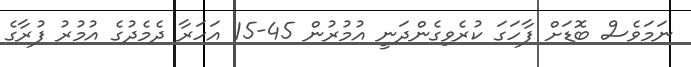
ނަމަވެސް ބޮޑަށް ފާހަގަ ކުރެވިގެންދަނީ އުމުރުން 45-15 އަހަރާ ދެމެދުގެ އުމުރު ފުރާގެ